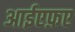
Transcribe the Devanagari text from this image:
आईएफ़ए